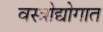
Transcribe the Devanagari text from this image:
वस्त्रोद्योगात